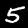
Digit: 5